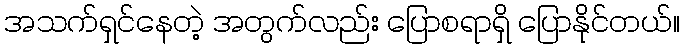
အသက်ရှင်နေတဲ့ အတွက်လည်း ပြောစရာရှိ ပြောနိုင်တယ်။